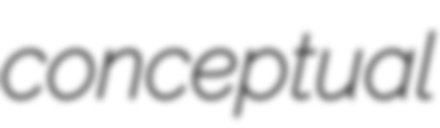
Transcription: conceptual